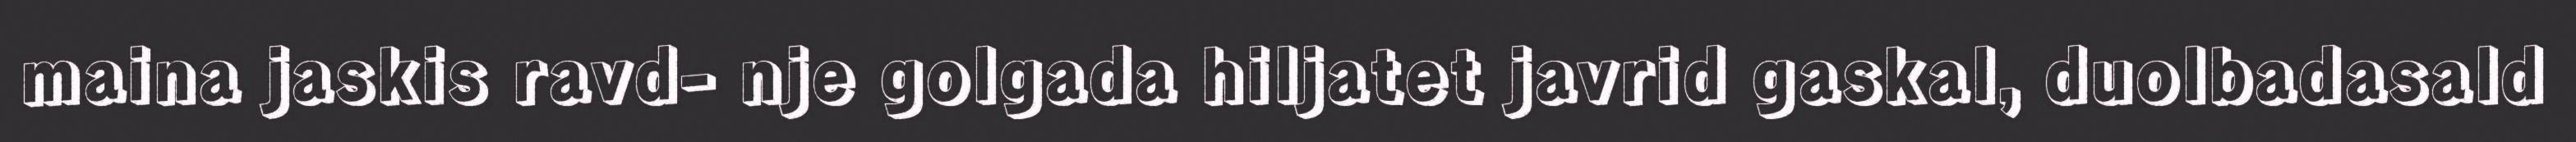
maina jaskis ravd- nje golgada hiljatet javrid gaskal, duolbadasald